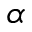
\alpha